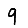
Digit: 9